Sanitation, dispensaries and jails vaccination Rajputana 1922-1927 - 1922-1927
Year: 1922
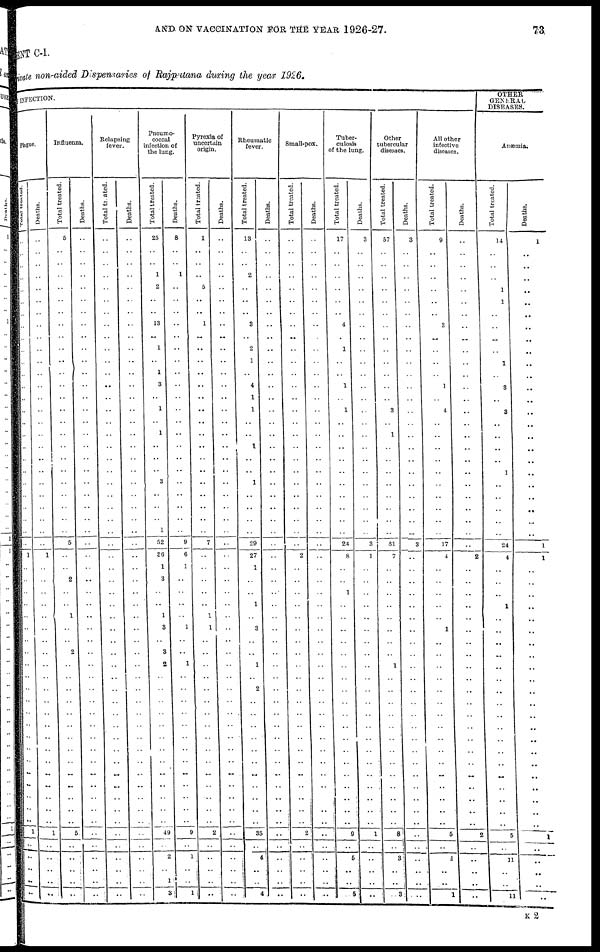
AND ON VACCINATION FOR THE YEAR 1926-27.
73
ENT C-I.
Private non-aided Dispensaries of Rajputana during the year 1926.
BY INFECTION.
Plague.
Total treated.
..
..
..
..
..
..
..
..
..
..
..
..
..
..
..
..
..
..
..
..
..
..
..
..
..
..
1
..
..
..
..
..
..
..
..
..
..
..
..
..
..
..
..
..
..
..
..
..
..
1
..
..
..
..
..
Deaths.
..
..
..
..
..
..
..
..
..
..
..
..
..
..
..
..
..
..
..
..
..
..
..
..
..
..
1
..
..
..
..
..
..
..
..
..
..
..
..
..
..
..
..
..
..
..
..
..
..
1
..
..
..
..
..
Influenza.
Total treated.
5
..
..
..
..
..
..
..
..
..
..
..
..
..
..
..
..
..
..
..
..
..
..
..
..
5
..
..
2
..
..
1
..
..
2
..
..
..
..
..
..
..
..
..
..
..
..
..
..
5
..
..
..
..
..
Deaths.
..
..
..
..
..
..
..
..
..
..
..
..
..
..
..
..
..
..
..
..
..
..
..
..
..
..
..
..
..
..
..
..
..
..
..
..
..
..
..
..
..
..
..
..
..
..
..
..
..
..
..
..
..
..
..
Relapsing
fever.
Total treated.
..
..
..
..
..
..
..
..
..
..
..
..
..
..
..
..
..
..
..
..
..
..
..
..
..
..
..
..
..
..
..
..
..
..
..
..
..
..
..
..
..
..
..
..
..
..
..
..
..
..
..
..
..
..
..
Deaths.
..
..
..
..
..
..
..
..
..
..
..
..
..
..
..
..
..
..
..
..
..
..
..
..
..
..
..
..
..
..
..
..
..
..
..
..
.. ..
..
..
..
..
..
..
..
..
..
..
..
..
..
..
..
..
..
Pneumo-
coccal
infection of
the lung.
Total treated.
25
..
..
1
2
..
..
13
..
1
..
1
3
..
1
..
1
..
..
..
3
..
..
..
1
52
36
1
3
..
..
1
3
..
3
2
..
..
..
..
..
..
..
..
..
..
..
..
..
49
..
2
..
1
3
Deaths.
8
..
..
1
..
..
..
..
..
..
..
..
..
..
..
..
..
..
..
..
..
..
..
..
..
9
6
1
..
..
..
..
1
..
..
1
..
..
..
..
..
..
..
..
..
..
..
..
..
9
..
1
..
..
1
Pyrexia of
uncertain
origin.
Total treated.
1
..
..
..
5
..
..
1
..
..
..
..
..
..
..
..
..
..
..
..
..
..
..
..
..
7
..
..
..
..
..
1
1
..
..
..
..
..
..
..
..
..
..
..
..
..
..
..
..
2
..
..
..
..
..
Deaths.
..
..
..
..
..
..
..
..
..
..
..
..
..
..
..
..
..
..
..
..
..
..
..
..
..
..
..
..
..
..
..
..
..
..
..
..
..
..
..
..
..
..
..
..
..
..
..
..
..
..
..
..
..
..
..
Rheumatic
fever.
Total treated.
13
..
..
2
..
..
..
3
..
2
1
..
4
1
1
..
..
1
..
..
1
..
..
..
..
29
27
1
..
..
1
..
3
..
..
1
..
2
..
..
..
..
..
..
..
..
..
..
..
35
..
4
..
..
4
Deaths.
..
..
..
..
..
..
..
..
..
..
..
..
..
..
..
..
..
..
..
..
..
..
..
..
..
..
..
..
..
..
..
..
..
..
..
..
..
..
..
..
..
..
..
..
..
..
..
..
..
..
..
..
..
..
..
Small-pox.
Total treated.
..
..
..
..
..
..
..
..
..
..
..
..
..
..
..
..
..
..
..
..
..
..
..
..
..
..
2
..
..
..
..
..
..
..
..
..
..
..
..
..
..
..
..
..
..
..
..
..
..
2
..
..
..
..
..
Deaths.
..
..
..
..
..
..
..
..
..
..
..
..
..
..
..
..
..
..
..
..
..
..
..
..
..
..
..
..
..
..
..
..
..
..
..
..
..
..
..
..
..
..
..
..
..
..
..
..
..
..
..
..
..
..
..
Tuber-
culosis
of the lung.
Total treated.
17
..
..
..
..
..
..
4
..
1
..
..
1
..
1
..
..
..
..
..
..
..
..
..
..
24
8
..
..
1
..
..
..
..
..
..
..
..
..
..
..
..
..
..
..
..
..
..
..
9
..
6
..
..
5
Deaths.
3
..
..
..
..
..
..
..
..
..
..
..
..
..
..
..
..
..
..
..
..
..
..
..
..
3
1
..
..
..
..
..
..
..
..
..
..
..
..
..
..
..
..
..
..
..
..
..
..
1
..
..
..
..
..
Other
tubercular
diseases.
Total treated.
57
..
..
..
..
..
..
..
..
..
..
..
..
..
3
..
1
..
..
..
..
..
..
..
..
31
7
..
..
..
..
..
..
..
..
1
..
..
..
..
..
..
..
..
..
..
..
..
..
8
..
3
..
.. 3
Deaths.
3
..
..
..
..
..
..
..
..
..
..
..
..
..
..
..
..
..
..
..
..
..
..
..
..
3
..
..
..
..
..
..
..
..
..
..
..
..
..
..
..
..
..
..
..
..
..
..
..
..
..
..
..
..
..
All other
infective
diseases.
Total treated.
9
..
..
..
..
..
..
3
..
..
..
..
1
..
4
..
..
..
..
..
..
..
..
..
..
17
4
..
..
..
..
..
1
..
..
..
..
..
..
..
..
..
..
..
..
..
..
..
..
5
..
1
..
..
1
Deaths.
..
..
..
..
..
..
..
..
..
..
..
..
..
..
..
..
..
..
..
..
..
..
..
..
..
..
2
..
..
..
..
..
..
..
..
..
..
..
..
..
..
..
..
..
..
..
..
..
..
2
..
..
..
..
..
OTHER
GENERAL
DISEASES.
Anæmia.
Total treated.
14
..
..
..
1
1
..
..
..
..
1
..
3
..
3
..
..
..
..
1
..
..
..
..
..
24
4
..
..
..
1
..
..
..
..
..
..
..
..
..
..
..
..
..
..
..
..
..
..
5
..
11
..
..
11
Deaths.
1
..
..
..
..
..
..
..
..
..
..
..
..
..
..
..
..
..
..
..
..
..
..
..
..
1
1
..
..
..
..
..
..
..
..
..
..
..
..
..
..
..
..
..
..
..
..
..
..
1
..
..
..
..
..
K 2